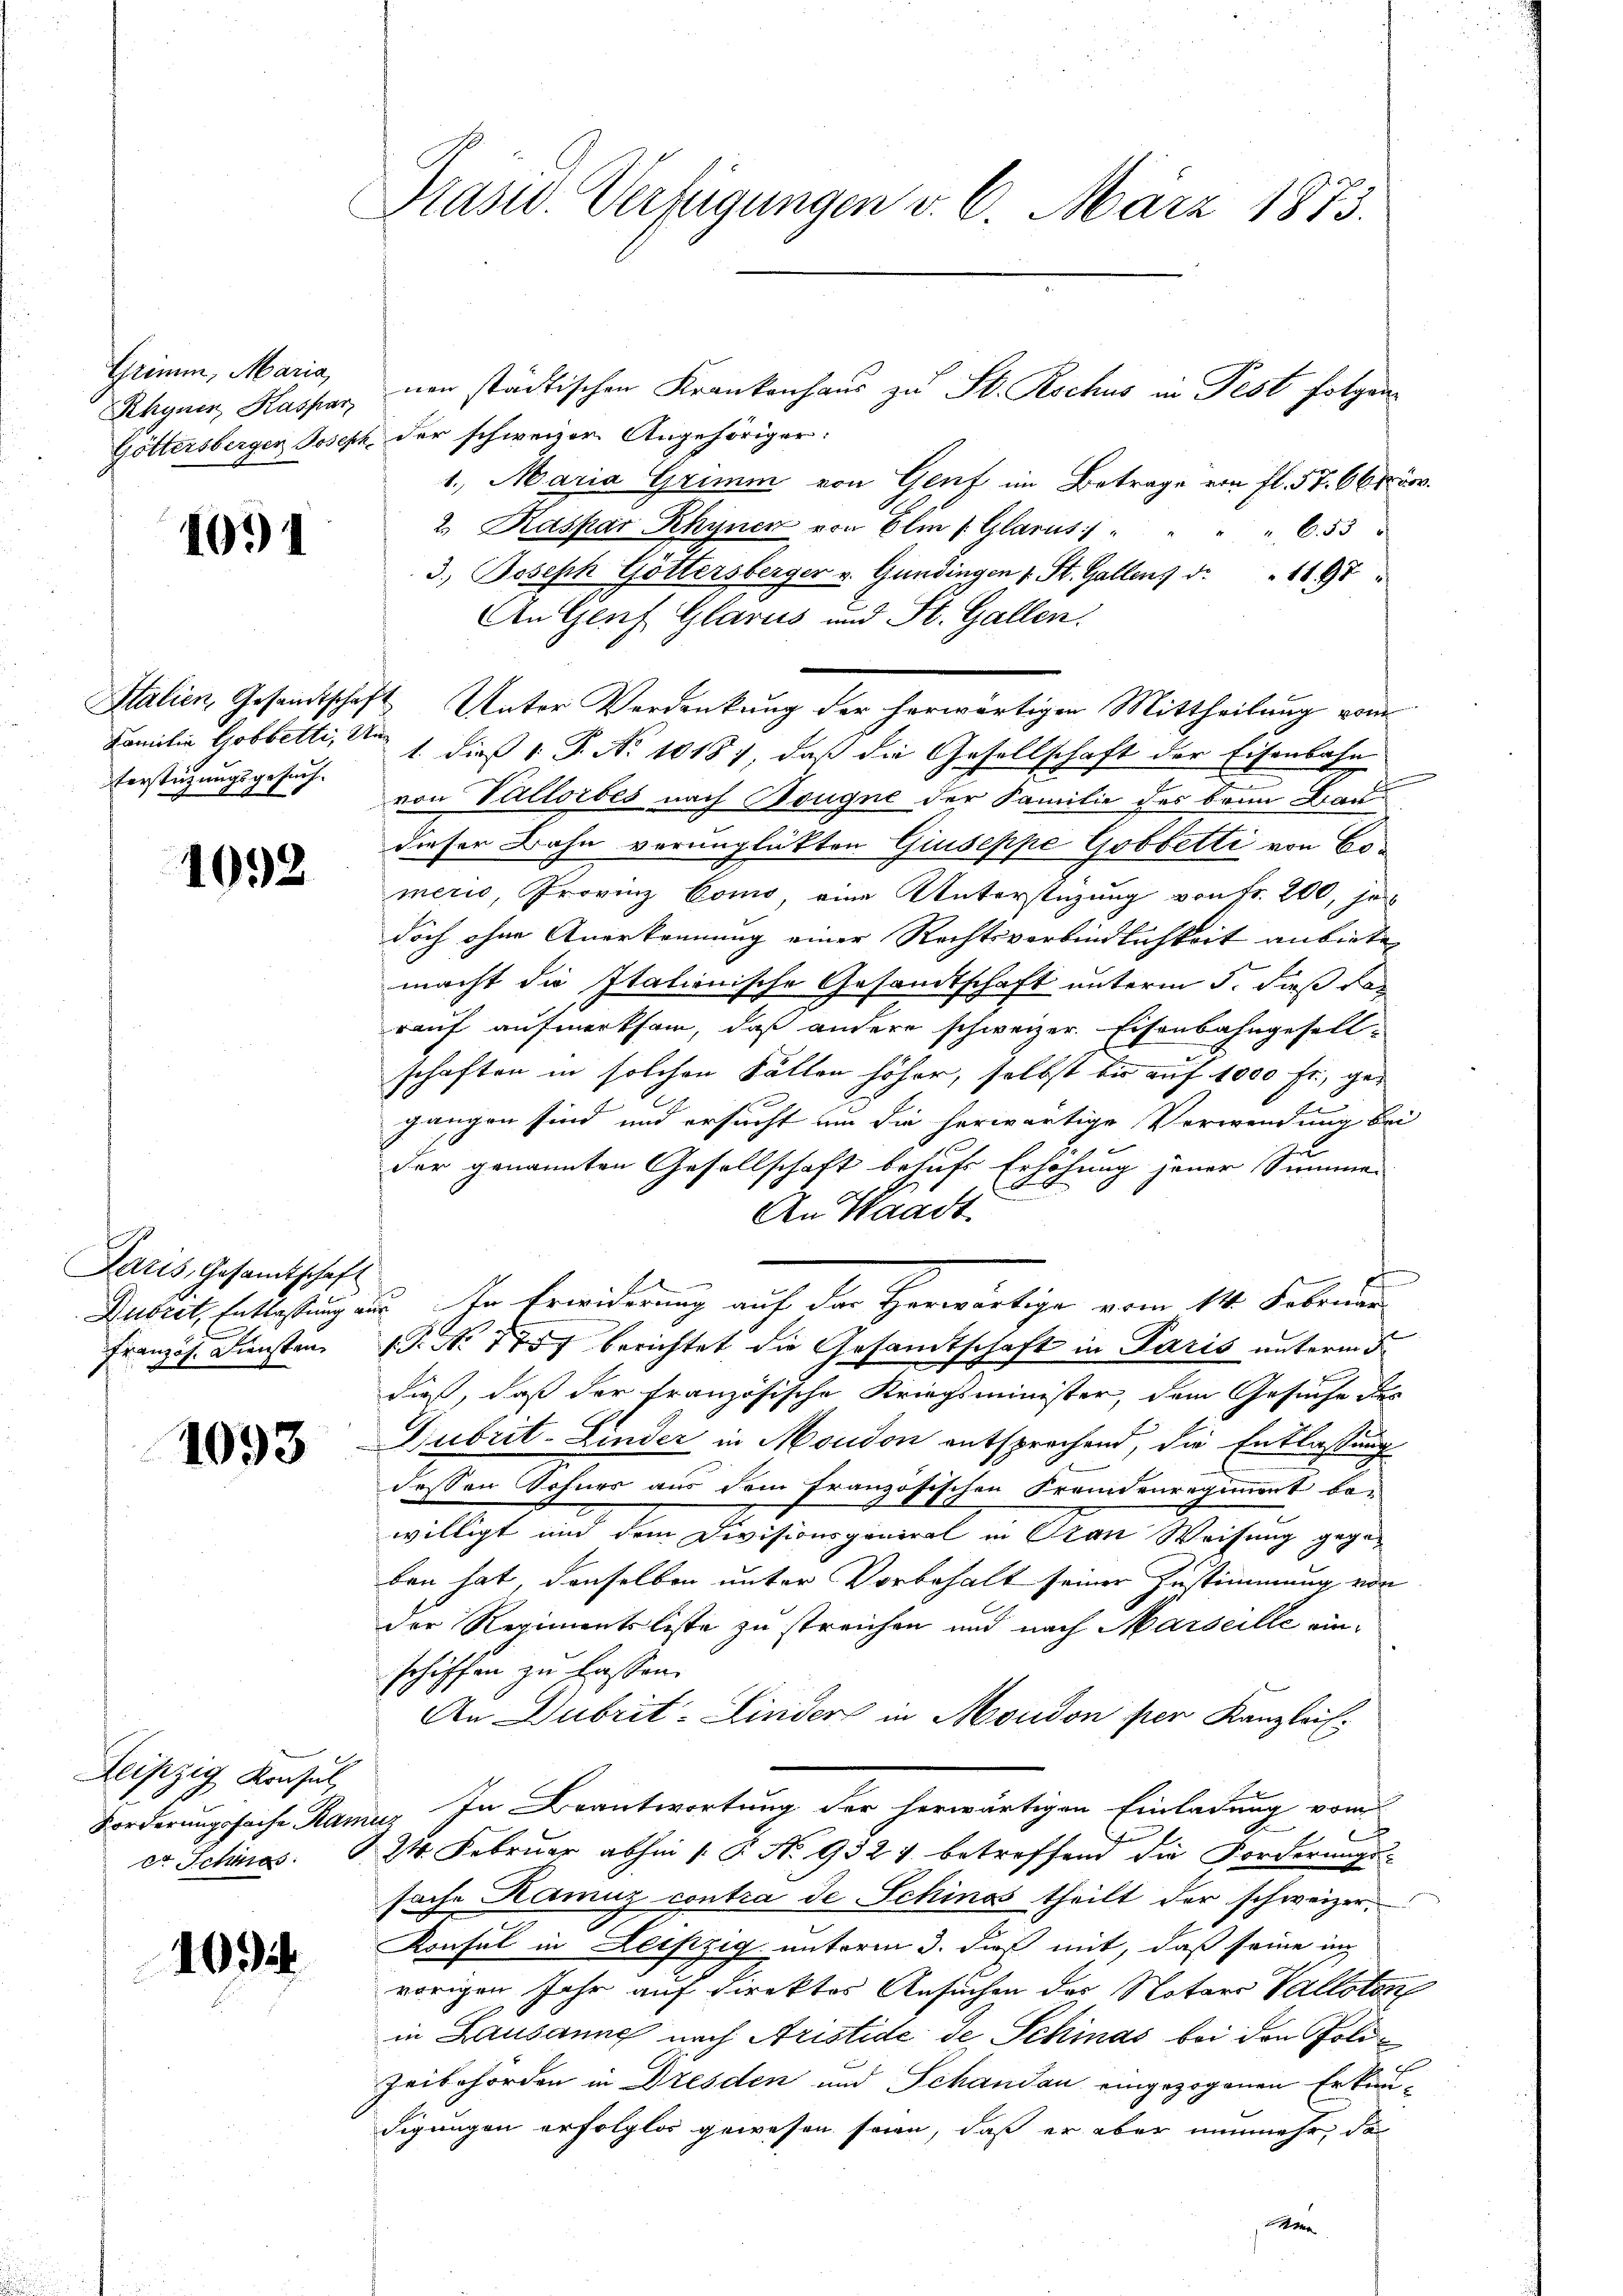
Grimm, Maria,
Rhynen, Kaspar

1091

Verstützungsgesuch.

1098

Paris, Gesandtschaft
Französ. Diensten

1093

Leipzig Konsul,
er Schlos

1004.

Präsid. Verfügungen v. 6. März 1873.

nen städtischen Krankenhaus zu St. Rochus in Fest folgen¬
Göttersberger Joseph der schweizer Angehöriger:
1. Maria Grimm von Genf im Betrage von fl. 57. 665.
2. Kaspar Rhynen von Elm /: Glarus: " " " " 655 "
3.) Joseph Göttersberger v. Gundingen 1 St. Gallen, d. 1197 "
An Genf Glarus und St. Gallen.
Italien, Gesandtschaft Unter Verdankung der herwärtigen Mittheilung vom
Familie Gobbetti, den 1. dieß 1 P. No 10187, daß die Gesellschaft der Eisenbahn
von Vallorbes nach Bougne der Familie des brun Baudieser Bahn verunglükten Giuseppe Gobbetti von Comeris, Provinz Como, eine Unterstüzung von Fr. 200, je
doch ohne Anerkennung einer Rechtsverbindlichkeit anbiete
macht die Italionische Gesandtschaft unterm 5. daß des
rauf aufmerksam, daß andere schweizer. Eisenbahngesellschaften in solchen Fällen höher, selbst bis auf 1000 Fr., gegangen sind und ersucht um die herwärtige Verwendung Bei
n
der genannten Gesellschaft behufs Erhöhung jener Summe
An Waadt.
Dubret, hattestung zu. In Erwiderung auf der Herwärtige vom 14. Februar
1. No 777 berichtet die Gesamtschaft in Paris unterm 5.
die, daß der französische Kriegsminister, dem Gesuche des
Dubrit-Linder in Moudon entsprechend, die Entlaßung
dessen Sohner aus dem französischen Fremdenregiment be-
willigt und dem Divisionsgeneral in Stan Weisung gegeben hat, denselben unter Vorbehalt seiner Zustimmung von
der Regimentsliste zu streichen und nach Marseille einschiffen zu lassen.
An Dubrit-Linder in Moudon per Kanzlei.
Forderungssache Ramus. In Beantwortung der herwärtigen Einladung vom
24. Februar abhin (P No 932 f. betreffend die Forderungs-
sache Kamuz contra de Schinos theilt der schweizer,
Konsul in Leipzig unterm 3. daß mit, daß seine in
vorigen Jahr auf direktor Ansuchen des Notari Valloton
in Lausanne nach Aristide des Schinas bei den Poli¬
Zeibehörden in Dresden und Schandau eingezogenen Erkundigungen erfolglos gewesen seien, daß er aber nunmehr, da